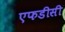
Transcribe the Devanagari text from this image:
एफडीसी